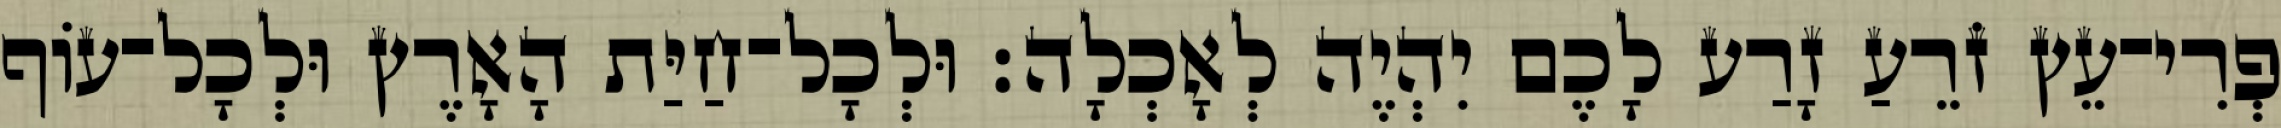
פְרִי־עֵץ זֹרֵעַ זָרַע לָכֶם יִהְיֶה לְאָכְלָה׃ וּלְכָל־חַיַּת הָאָרֶץ וּלְכָל־עֹוף